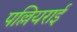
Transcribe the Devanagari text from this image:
पल्लियराई